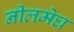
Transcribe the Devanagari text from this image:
नीलमेघ